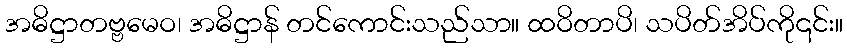
အဓိဋ္ဌာတဗ္ဗမေဝ၊ အဓိဋ္ဌာန် တင်ကောင်းသည်သာ။ ထဝိတာပိ၊ သပိတ်အိပ်ကို၎င်း။